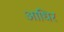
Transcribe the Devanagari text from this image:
आधिर